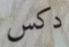
دكس